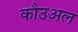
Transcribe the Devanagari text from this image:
कौउअल